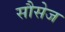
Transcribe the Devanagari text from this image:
सौसेज